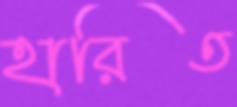
হারিত